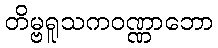
တိမ္ဗရူသကဝဏ္ဏာဘော